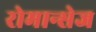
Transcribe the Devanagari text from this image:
रोमान्सेज